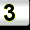
Digit: 3